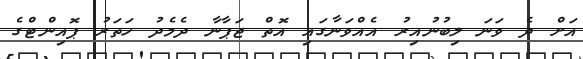
އަށް ދެ ވަނަ ލިބުނުއިރު އެއްވަނާގައި އޮތް ޖަޕާނާ ދެމެދު ހަތަރު ޕޮއިންޓްގެ